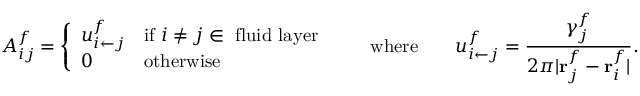
A _ { i j } ^ { f } = \left\{ \begin{array} { l l } { u _ { { i } \leftarrow { j } } ^ { f } } & { \mathrm { i f ~ } i \neq j \in ~ \mathrm { f l u i d ~ l a y e r } } \\ { 0 } & { \mathrm { o t h e r w i s e } } \end{array} \right. \quad \quad \mathrm { w h e r e } \quad \quad u _ { i \leftarrow j } ^ { f } = \frac { \gamma _ { j } ^ { f } } { 2 \pi \vert \mathbf { r } _ { j } ^ { f } - \mathbf { r } _ { i } ^ { f } \vert } .